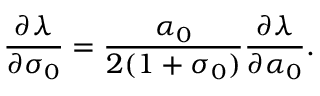
\frac { \partial \lambda } { \partial \sigma _ { 0 } } = \frac { \alpha _ { 0 } } { 2 ( 1 + \sigma _ { 0 } ) } \frac { \partial \lambda } { \partial \alpha _ { 0 } } .